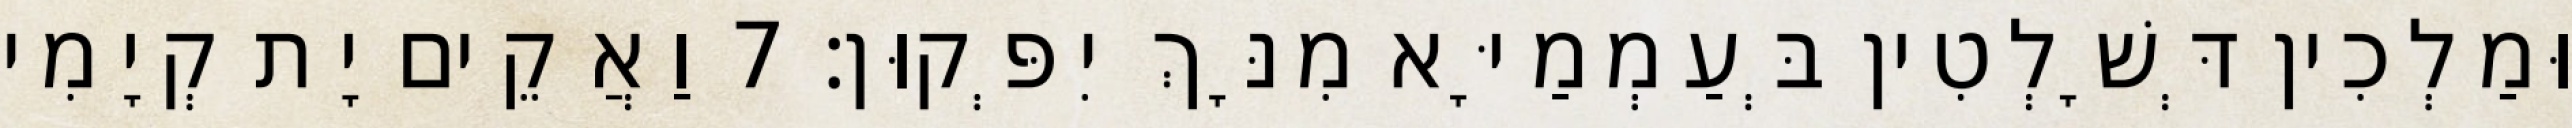
וּמַלְכִין דְּשָׁלְטִין בְּעַמְמַיָּא מִנָּךְ יִפְּקוּן׃ 7 וַאֲקֵים יָת קְיָמִי